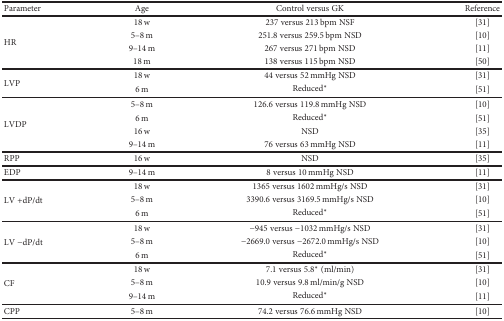
<table><thead><tr><td><b>Parameter</b></td><td><b>Age</b></td><td><b>Control versus GK</b></td><td><b>Reference</b></td></tr></thead><tbody><tr><td rowspan="4">HR</td><td>18 w</td><td>237 versus 213 bpm NSF</td><td>[31]</td></tr><tr><td>5–8 m</td><td>251.8 versus 259.5 bpm NSD</td><td>[10]</td></tr><tr><td>9–14 m</td><td>267 versus 271 bpm NSD</td><td>[11]</td></tr><tr><td>18 m</td><td>138 versus 115 bpm NSD</td><td>[50]</td></tr><tr><td rowspan="2">LVP</td><td>18 w</td><td>44 versus 52 mmHg NSD</td><td>[31]</td></tr><tr><td>6 m</td><td>Reduced<sup>∗</sup></td><td>[51]</td></tr><tr><td rowspan="4">LVDP</td><td>5–8 m</td><td>126.6 versus 119.8 mmHg NSD</td><td>[10]</td></tr><tr><td>6 m</td><td>Reduced<sup>∗</sup></td><td>[51]</td></tr><tr><td>16 w</td><td>NSD</td><td>[35]</td></tr><tr><td>9–14 m</td><td>76 versus 63 mmHg NSD</td><td>[11]</td></tr><tr><td>RPP</td><td>16 w</td><td>NSD</td><td>[35]</td></tr><tr><td>EDP</td><td>9–14 m</td><td>8 versus 10 mmHg NSD</td><td>[11]</td></tr><tr><td rowspan="3">LV +dP/dt</td><td>18 w</td><td>1365 versus 1602 mmHg/s NSD</td><td>[31]</td></tr><tr><td>5–8 m</td><td>3390.6 versus 3169.5 mmHg/s NSD</td><td>[10]</td></tr><tr><td>6 m</td><td>Reduced<sup>∗</sup></td><td>[51]</td></tr><tr><td rowspan="3">LV −dP/dt</td><td>18 w</td><td>−945 versus −1032 mmHg/s NSD</td><td>[31]</td></tr><tr><td>5–8 m</td><td>−2669.0 versus −2672.0 mmHg/s NSD</td><td>[10]</td></tr><tr><td>6 m</td><td>Reduced<sup>∗</sup></td><td>[51]</td></tr><tr><td rowspan="3">CF</td><td>18 w</td><td>7.1 versus 5.8<sup>∗</sup> (ml/min)</td><td>[31]</td></tr><tr><td>5–8 m</td><td>10.9 versus 9.8 ml/min/g NSD</td><td>[10]</td></tr><tr><td>9–14 m</td><td>Reduced<sup>∗</sup></td><td>[11]</td></tr><tr><td>CPP</td><td>5–8 m</td><td>74.2 versus 76.6 mmHg NSD</td><td>[10]</td></tr></tbody></table>